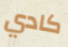
كادي